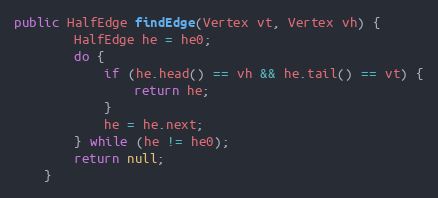
Language: Java
public HalfEdge findEdge(Vertex vt, Vertex vh) {
        HalfEdge he = he0;
        do {
            if (he.head() == vh && he.tail() == vt) {
                return he;
            }
            he = he.next;
        } while (he != he0);
        return null;
    }